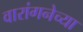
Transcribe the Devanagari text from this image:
वारांगनेच्या